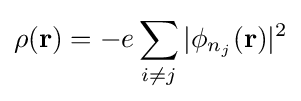
\rho (\mathbf {r} )=-e\sum _{i\neq j}|\phi _{n_{j}}(\mathbf {r} )|^{2}